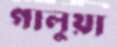
গালুয়া